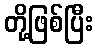
တို့ဖြစ်ပြီး